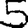
Digit: 5